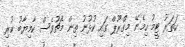
ހަތަރު ޓީމު ހިމެނޭ މިގްރޫޕް ގައި ކުޅުނު ތިން މެޗުވެސް ކާމިޔާބު ކުރި